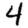
Digit: 4